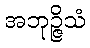
အဘုဉ္ဇိသံ